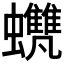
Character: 𧕺